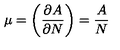
\mu = \biggl ( { \frac { \partial A } { \partial N } } \biggr ) = { \frac { A } { N } }